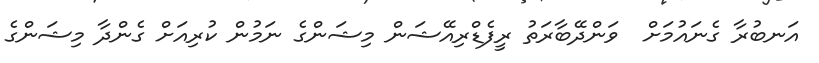
އަނބުރާ ގެނައުމަށް  ވަންދޭބާރަތު ރީފެޑްރިއޭޝަން މިޝަންގެ ނަމުން ކުރިއަށް ގެންދާ މިޝަންގެ